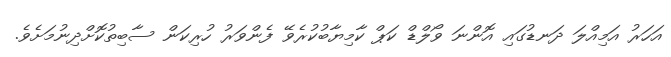
އަހަރު އަމިއްލަ ދަނޑުގައި އޮންނަ ވޯލްޑް ކަޕް ކާމިޔާބުކުރެވޭ ފެންވަރު ހުރިކަން ސާބިތުކޮށްދިނުމަށެވެ.